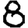
Digit: 8